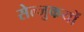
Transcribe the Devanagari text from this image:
सेल्जुकयों